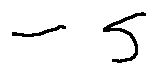
- s